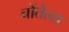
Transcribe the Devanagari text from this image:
चोंतेल्स